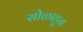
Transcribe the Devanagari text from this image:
सोळाहून